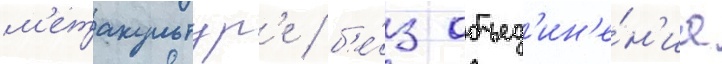
м'етакультур'е / б'е́з объед'ин'е́н'иа